Medical and sanitary report of the native army of Madras for the year
Year: 1876
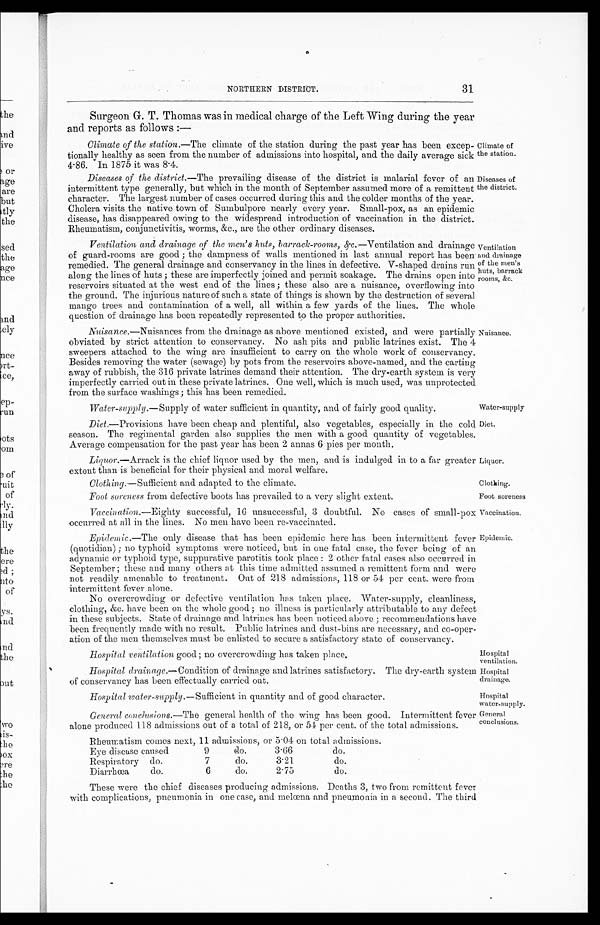
Claimate of
the station.
Diseases of
the district.
Ventilation
and drainage
of the men's
huts, barrack
rooms, &c.
Nuisance.
Water-supply
Diet.
Liquor.
Clothing.
Foot soreness
Vaccination.
Epidemic.
Hospital
ventilation.
Hospital
drainage.
Hospital
water-supply.
General
ORTHERN DISTRICT.
31
Surgeon G. T. Thomas was in medical charge of the Left Wing during the year
and reports as follows
: —
Climate of the station.—The climate of the station during the past year has been excep
- t i o n a l l y h e a l t h y a s s e e n f r o m t h e n u m b e r o f a d m i s s i o n s i n t o h o s p i t a l , a n d t h e d a i l y a v e r a g e s i c k
4.86. In 1875 it was 8.4.
Diseases of the district.—The prevailing disease of the district is malarial fever of an
intermittent type generally, but which in the month of September assumed more of a remittent
character. The largest number of cases occurred during this and the colder months of the year.
Cholera visits the native town of Sumbulpore nearly every year. Small-pox, as an epidemic
disease, has disappeared owing to the widespread introduction of vaccination in the district.
Rheumatism, conjunctivitis, worms, &c., are the other ordinary diseases.
Ventilation and drainage of the men's huts, barrack-rooms, &c.— Ventilation and drainage
of guard-rooms are good; the dampness of walls mentioned in last annual report has been.
remedied. The general drainage and conservancy in the lines in defective. V-shaped drains run
along the lines of huts; these are imperfectly joined and permit soakage. The drains open into
reservoirs situated at the west end of the lines; these also are a nuisance, overflowing into
the ground. The injurious nature of such a state of things is shown by the destruction of several
mango trees and contamination of a well, all within a few yards of the lines. The whole
question of drainage has been repeatedly represented to the proper authorities.
Nuisance .—Nuisances from the drainage as above mentioned existed, and were partially
obviated by strict attention to conservancy. No ash pits and public latrines exist. The 4
sweepers attached to the wing are insufficient to carry on the whole work of conservancy.
Besides removing the water (sewage) by pots from the reservoirs above-named, and the carting
away of rubbish, the 316 private latrines demand their attention. The dry-earth system is very
imperfectly carried out in these private latrines. One well, which is much used, was unprotected
from the surface washings; this has been remedied.
Water-supply.—Supply of water sufficient in quantity, and of fairly good quality.
Diet.—Provisions have been cheap and plentiful, also vegetables, especially in the cold
season. The regimental garden also supplies the men with a good quantity of vegetables.
Average compensation for the past year has been 2 annas 6 pies per month.
Liquor.—Arrack is the chief liquor used by the men, and is indulged in to a far greater
extent than is beneficial for their physical and moral welfare.
C l o t h i n g
. — S u f f i c i e n t a n d a d a p t e d t o t h e c l i m a t e .
Foot soreness from defective boots has prevailed to a very slight extent.
Vaccination.— Eighty successful, 16 unsuccessful, 3 doubtful. No cases of small-pox
occurred at all in the lines. No men have been re-vaccinated.
Epidemic.—The only disease that has been epidemic here has been intermittent fever
(quotidian); no typhoid symptoms were noticed, but in one fatal case, the fever being of an
adynamic or typhoid type, suppurative parotitis took place: 2 other fatal cases also occurred in
September; these and many others at this time admitted assumed a remittent form and were
not readily amenable to treatment. Out of 218 admissions, 118 or 54 per cent. were from
intermittent fever alone.
No overcrowding or defective ventilation has taken place. Water-supply, cleanliness,
clothing, &c. have been on the whole good; no illness is particularly attributable to any defect
in these subjects. State of drainage and. latrines has been noticed above; recommendations have
been frequently made with no result. Public latrines and dust-bins are necessary, and co-oper-
ation of the men themselves must be enlisted to secure a satisfactory state of conservancy.
Hospital ventilation good; no overcrowding has taken place.
Hospital drainage.— Condation of drainage and latrines satisfactory. The dry-earth system
of conservancy has been effectually carried out.
Hospital Water-supply.— Sufficient in quantity and of good character.
General conclusions.— The general health of the wing has been good. Intermittent fever
alone produced 118 admissions out of a total of 218. or 54 per cent. of the total admissions.
Rheumatism comes next, 11 admissions, or 5.04 on total admissions.
Eye disease caused
9
do.
3.66
do.
Respiratory do.
7
do.
3.21.
do.
Diarrhœa
do.
6
do.
2.75
do.
These were the chief diseases producing admissions. Deaths 3, two from remittent fever
with complications, pneumonia in one case, and melœna and pneumonia in a second. The third